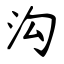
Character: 沟